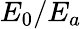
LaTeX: E_{0}/E_{a}